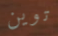
توين